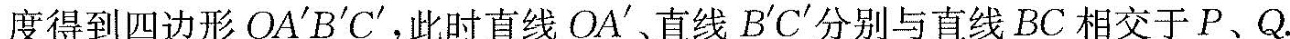
度得到四边形OA^{\prime}B^{\prime}C^{\prime}，此时直线OA^{\prime}、直线B^{\prime}C^{\prime}分别与直线BC相交于P、Q.